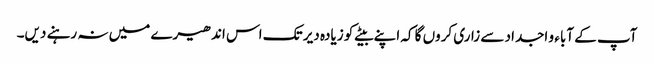
آپ کے آباء و اجداد سے زاری کروں گا کہ اپنے بیٹے کو زیادہ دیر تک اس اندھیرے میں نہ رہنے دیں۔